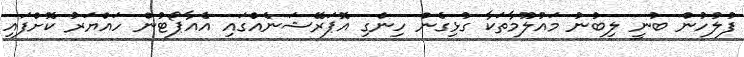
ފުލުހުން ބުނީ ލިބުނު މައުލޫމާތަކާ ގުޅިގެން ހިންގި އޮޕަރޭޝަނެއްގައި އެއާޕޯޓުން ހައްޔަރު ކޮށްފައި